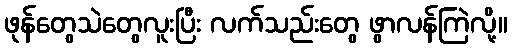
ဖုန်တွေသဲတွေလူးပြီး လက်သည်းတွေ ဖွာလန်ကြဲလို့။